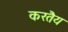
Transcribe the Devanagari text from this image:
करतैय